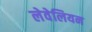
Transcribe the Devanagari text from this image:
लेवेलियन